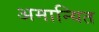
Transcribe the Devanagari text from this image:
अमान्यित